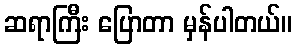
ဆရာကြီး ပြောတာ မှန်ပါတယ်။